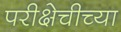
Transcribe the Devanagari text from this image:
परीक्षेचीच्या